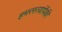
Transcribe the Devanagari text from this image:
हमरस्त्यांपैकी